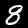
Label: 8